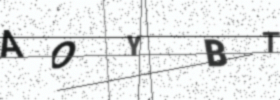
Text: AOYBT